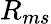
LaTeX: R_{ms}